Report of the King Institute of Preventive Medicine, Guindy
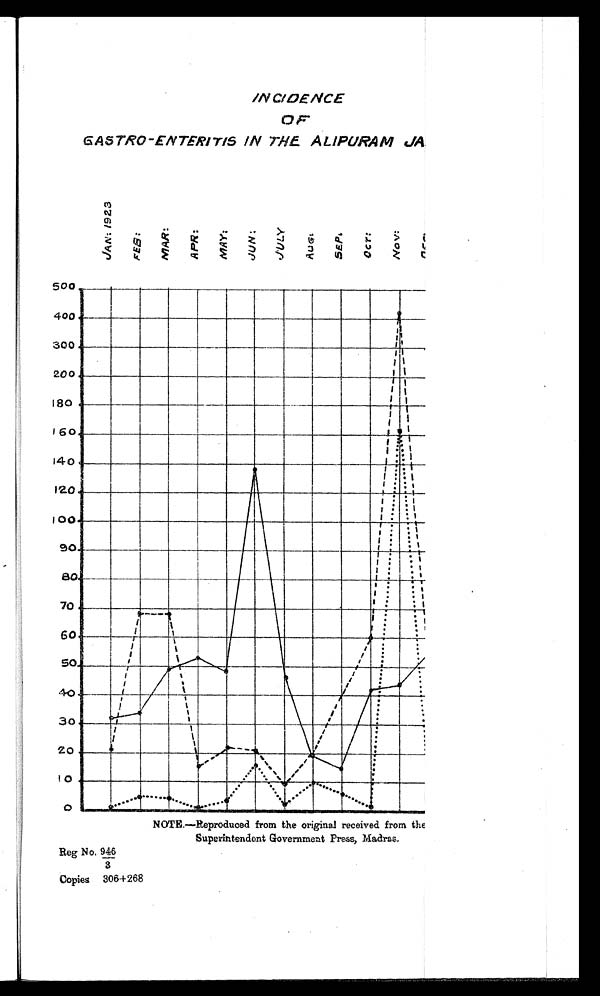
INCIDENCE
GASTRO —ENTERITIS IN THE ALIPURAM JA
J A N : 1 9 2 3
F E B :
M A R :
A P R :
M A Y :
J U N :
J U L Y :
A U G :
S E P :
O C T :
N O V :
D E C :
NOTE.—Reproduced from the original received from the
Superintendent Government Press, Madras.
Reg No. 946/3
Copies 306+268